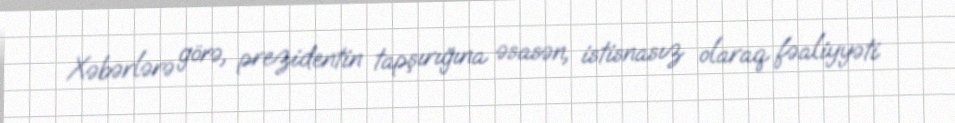
Xəbərlərə görə, prezidentin tapşırığına əsasən, istisnasız olaraq fəaliyyəti